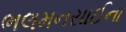
ભલમનસાઈના